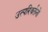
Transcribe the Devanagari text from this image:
उत्परिवर्तनो